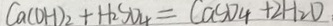
C a ( O H ) _ { 2 } + H _ { 2 } S O _ { 4 } = C a C O _ { 4 } + 2 H _ { 2 } O